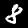
Label: 8